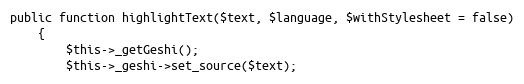
Language: PHP
public function highlightText($text, $language, $withStylesheet = false)
    {
        $this->_getGeshi();
        $this->_geshi->set_source($text);